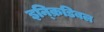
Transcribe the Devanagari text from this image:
इन्क्रिडिबल